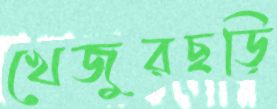
খেজুরছড়ি